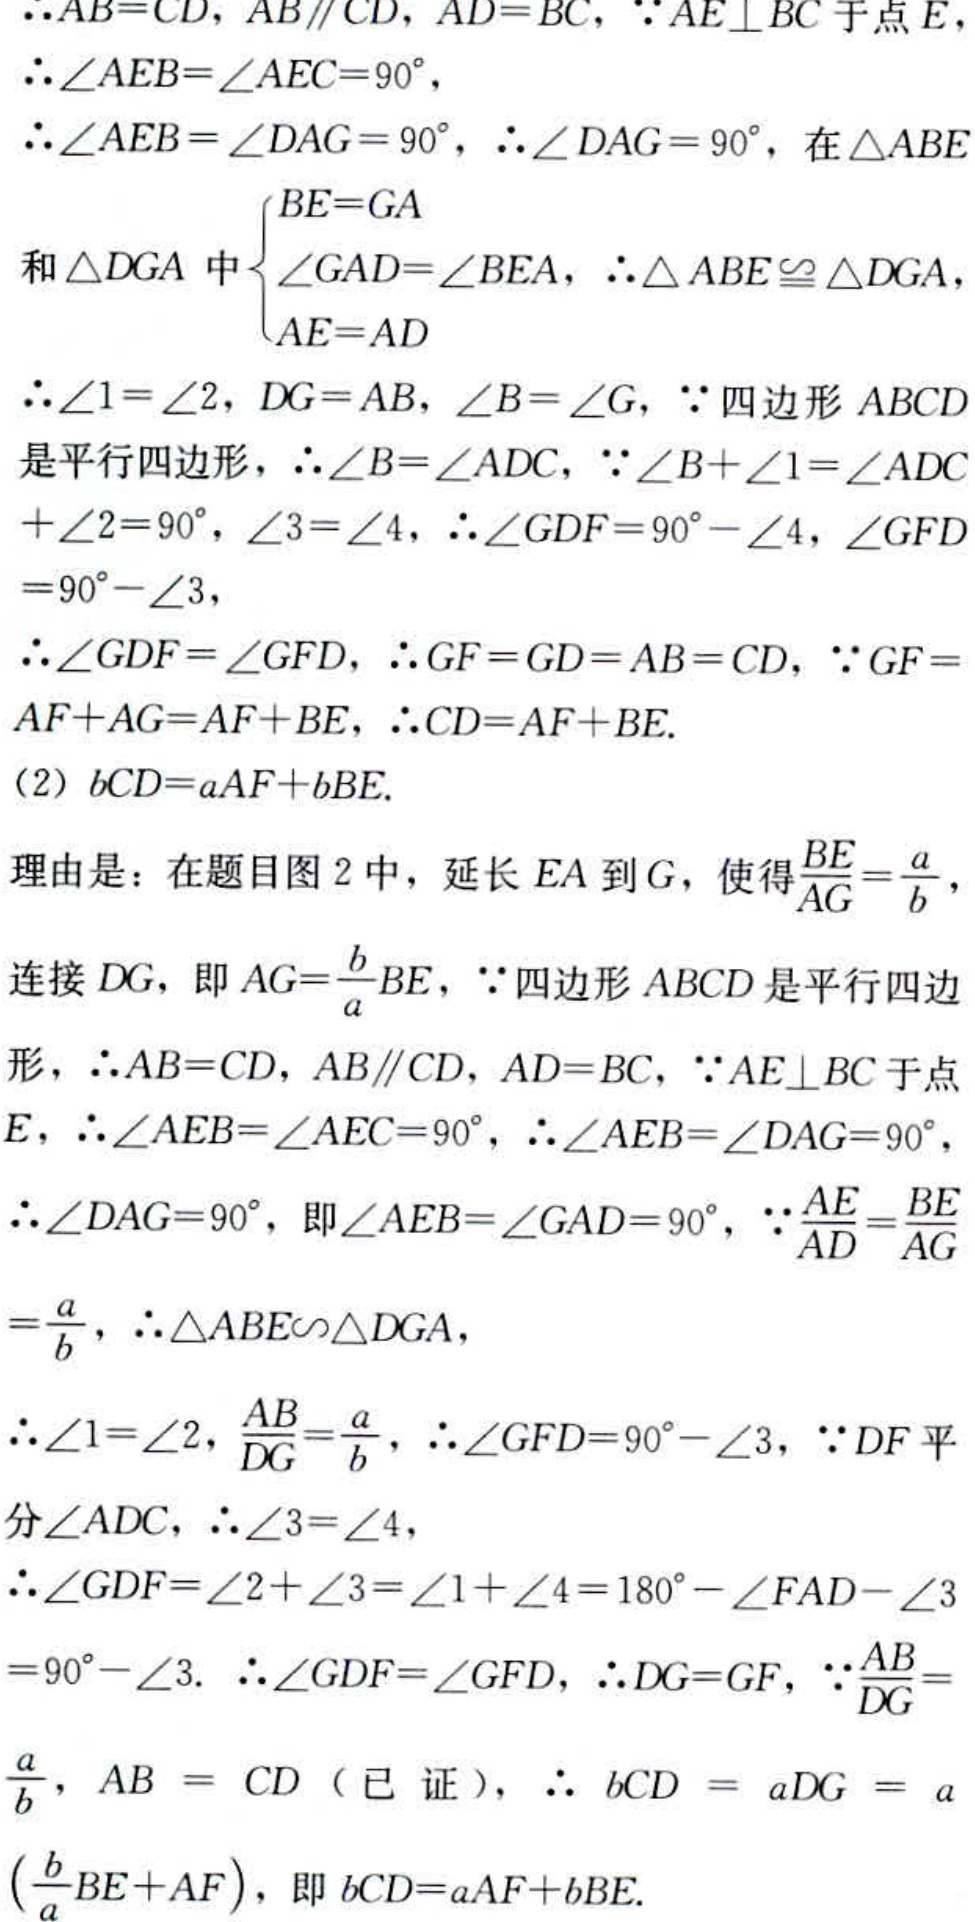
$\because AB = CD, AB\parallel CD, AD = BC, \because AE\perp BC$于点$E,$
$\therefore \angle AEB=\angle AEC = 90^{\circ},$
$\therefore \angle AEB=\angle DAG = 90^{\circ}, \therefore \angle DAG = 90^{\circ},$ 在$\triangle ABE$
和$\triangle DGA$中$\begin{cases}BE = GA\\\angle GAD=\angle BEA\\AE = AD\end{cases}, \therefore \triangle ABE\cong\triangle DGA,$
$\therefore \angle 1=\angle 2, DG = AB, \angle B=\angle G, \because$四边形$ABCD$
是平行四边形，$\therefore \angle B=\angle ADC, \because \angle B+\angle 1=\angle ADC$
$+\angle 2 = 90^{\circ}, \angle 3=\angle 4, \therefore \angle GDF = 90^{\circ}-\angle 4, \angle GFD$
$= 90^{\circ}-\angle 3,$
$\therefore \angle GDF=\angle GFD, \therefore GF = GD = AB = CD, \because GF =$
$AF + AG=AF + BE, \therefore CD = AF + BE.$
(2) $bCD = aAF + bBE.$
理由是：在题目图2中，延长$EA$到$G$，使得$\frac{BE}{AG}=\frac{a}{b},$
连接$DG$，即$AG=\frac{b}{a}BE, \because$四边形$ABCD$是平行四边
形，$\therefore AB = CD, AB\parallel CD, AD = BC, \because AE\perp BC$于点
$E, \therefore \angle AEB=\angle AEC = 90^{\circ}, \therefore \angle AEB=\angle DAG = 90^{\circ},$
$\therefore \angle DAG = 90^{\circ},$即$\angle AEB=\angle GAD = 90^{\circ}, \because \frac{AE}{AD}=\frac{BE}{AG}$
$=\frac{a}{b}, \therefore \triangle ABE\backsim\triangle DGA,$
$\therefore \angle 1=\angle 2, \frac{AB}{DG}=\frac{a}{b}, \therefore \angle GFD = 90^{\circ}-\angle 3, \because DF$平分
$\angle ADC, \therefore \angle 3=\angle 4,$
$\therefore \angle GDF=\angle 2+\angle 3=\angle 1+\angle 4 = 180^{\circ}-\angle FAD-\angle 3$
$= 90^{\circ}-\angle 3. \therefore \angle GDF=\angle GFD, \therefore DG = GF, \because \frac{AB}{DG}=$
$\frac{a}{b}, AB = CD$（已证），$\therefore bCD = aDG = a$
$(\frac{b}{a}BE + AF)$，即$bCD = aAF + bBE.$